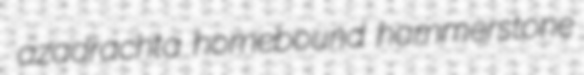
azadrachta homebound hammerstone